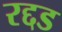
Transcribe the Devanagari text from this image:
रद्दड